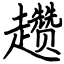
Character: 趱